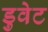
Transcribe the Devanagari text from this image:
डुवेट